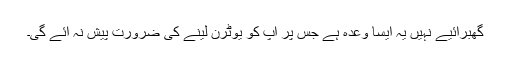
گھبرائیے نہیں یہ ایسا وعدہ ہے جس پر آپ کو یوٹرن لینے کی ضرورت پیش نہ آئے گی۔